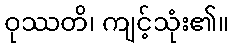
ဝုဿတိ၊ ကျင့်သုံး၏။